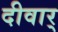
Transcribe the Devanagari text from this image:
दीवार्